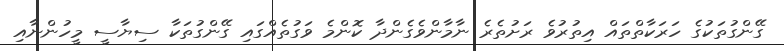
ގޭންގުތަކުގެ ހަރަކާތްތައް އިތުރުވެ ރަށުތެރެ ނާމާންވެގެންދާ ކޮންމެ ވަގުތެއްގައި ގޭންގުތަކާ ސިޔާސީ މީހުންނާއި